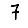
Digit: 7